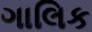
ગાલિક